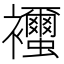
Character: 𧟐